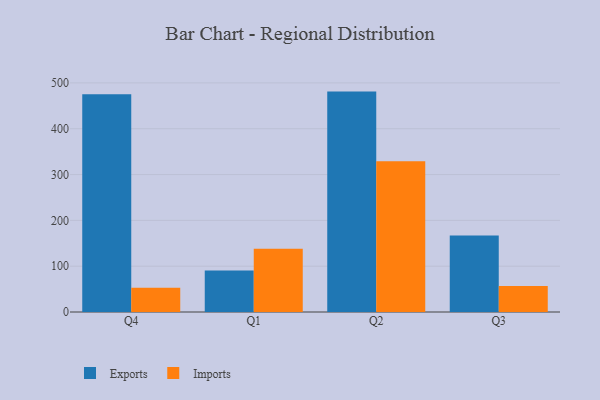
{"axis": {"x": "Quarter", "y": "Backlog"}, "legend": ["Exports", "Imports"], "data": [{"x": "Q4", "y": 475.1, "type": "Exports"}, {"x": "Q4", "y": 52.7, "type": "Imports"}, {"x": "Q1", "y": 90.6, "type": "Exports"}, {"x": "Q1", "y": 138.1, "type": "Imports"}, {"x": "Q2", "y": 481.0, "type": "Exports"}, {"x": "Q2", "y": 329.1, "type": "Imports"}, {"x": "Q3", "y": 166.8, "type": "Exports"}, {"x": "Q3", "y": 56.8, "type": "Imports"}]}